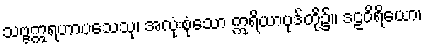
သဗ္ဗဣရဟာပသေသု၊ အလုံးစုံသော ဣရိယာပုဒ်တို့၌။ ဒဠဝိရိယော၊